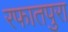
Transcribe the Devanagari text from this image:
रफातपुरा